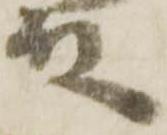
殿